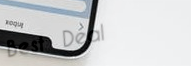
Best Deal